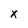
Character: x